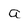
Character: a